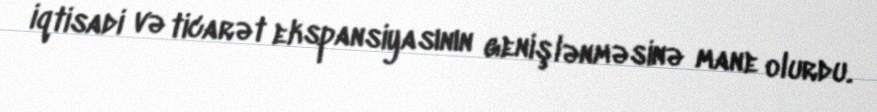
iqtisadi və ticarət ekspansiyasının genişlənməsinə mane olurdu.